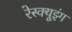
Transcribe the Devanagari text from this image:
रेस्‍क्‍यूइंग